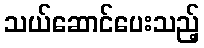
သယ်ဆောင်ပေးသည့်